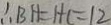
\therefore B H = H C = 1 2